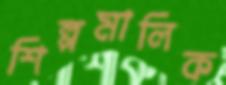
শিল্পমালিক